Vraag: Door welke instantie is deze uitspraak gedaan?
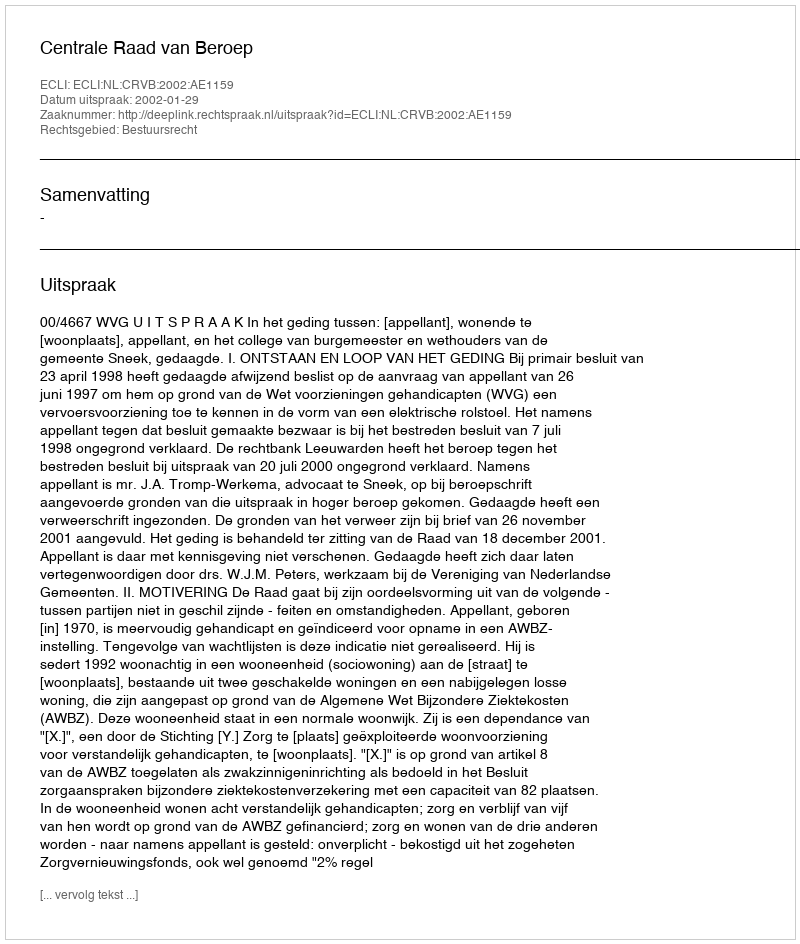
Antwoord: Centrale Raad van Beroep